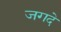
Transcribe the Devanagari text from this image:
जगदे